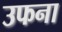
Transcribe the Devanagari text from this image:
उफना